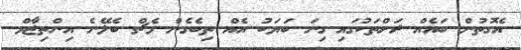
އެގޮތުން ބައެއް ރަށްތަކުގައި ގިނަ ބަޔަކު އެއް ތިބެގެން މެޗް ބެލޭނެ އިންތިޒާމް